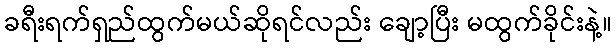
ခရီးရက်ရှည်ထွက်မယ်ဆိုရင်လည်း ချော့ပြီး မထွက်ခိုင်းနဲ့။